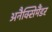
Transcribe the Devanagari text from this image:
अनैक्सिमैंडर